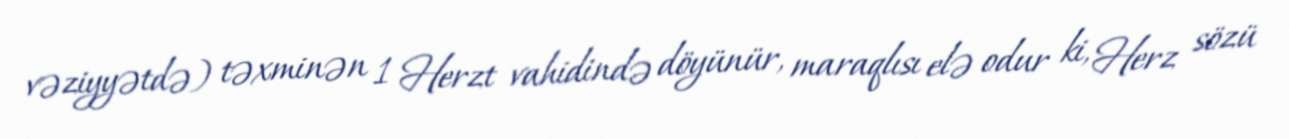
vəziyyətdə) təxminən 1 Herzt vahidində döyünür, maraqlısı elə odur ki, Herz sözü